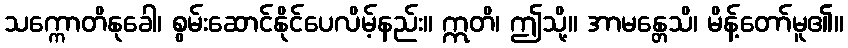
သက္ကောတိနုခေါ၊ စွမ်းဆောင်နိုင်ပေလိမ့်နည်း။ ဣတိ၊ ဤသို့။ အာမန္တေသိ၊ မိန့်တော်မူ၏။